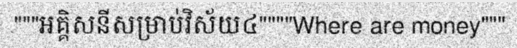
"""អគ្គិសនីសម្រាប់វិស័យ៤""""Where are money"""